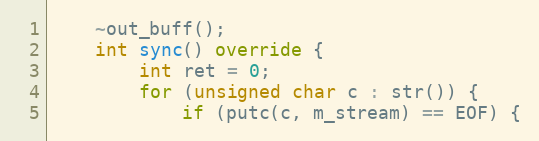
Language: C++
    ~out_buff();
    int sync() override {
        int ret = 0;
        for (unsigned char c : str()) {
            if (putc(c, m_stream) == EOF) {